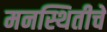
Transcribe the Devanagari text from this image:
मनस्थितीचे